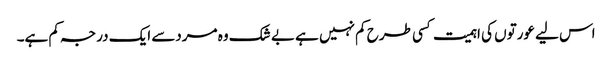
اس لیے عورتوں کی اہمیت کسی طرح کم نہیں ہے بے شک وہ مردسے ایک درجہ کم ہے۔